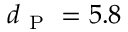
d _ { \mathrm { ~ P ~ } } = 5 . 8